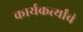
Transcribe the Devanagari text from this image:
कार्यकर्त्यांचं